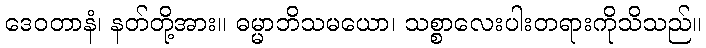
ဒေဝတာနံ၊ နတ်တို့အား။ ဓမ္မာဘိသမယော၊ သစ္စာလေးပါးတရားကိုသိသည်။